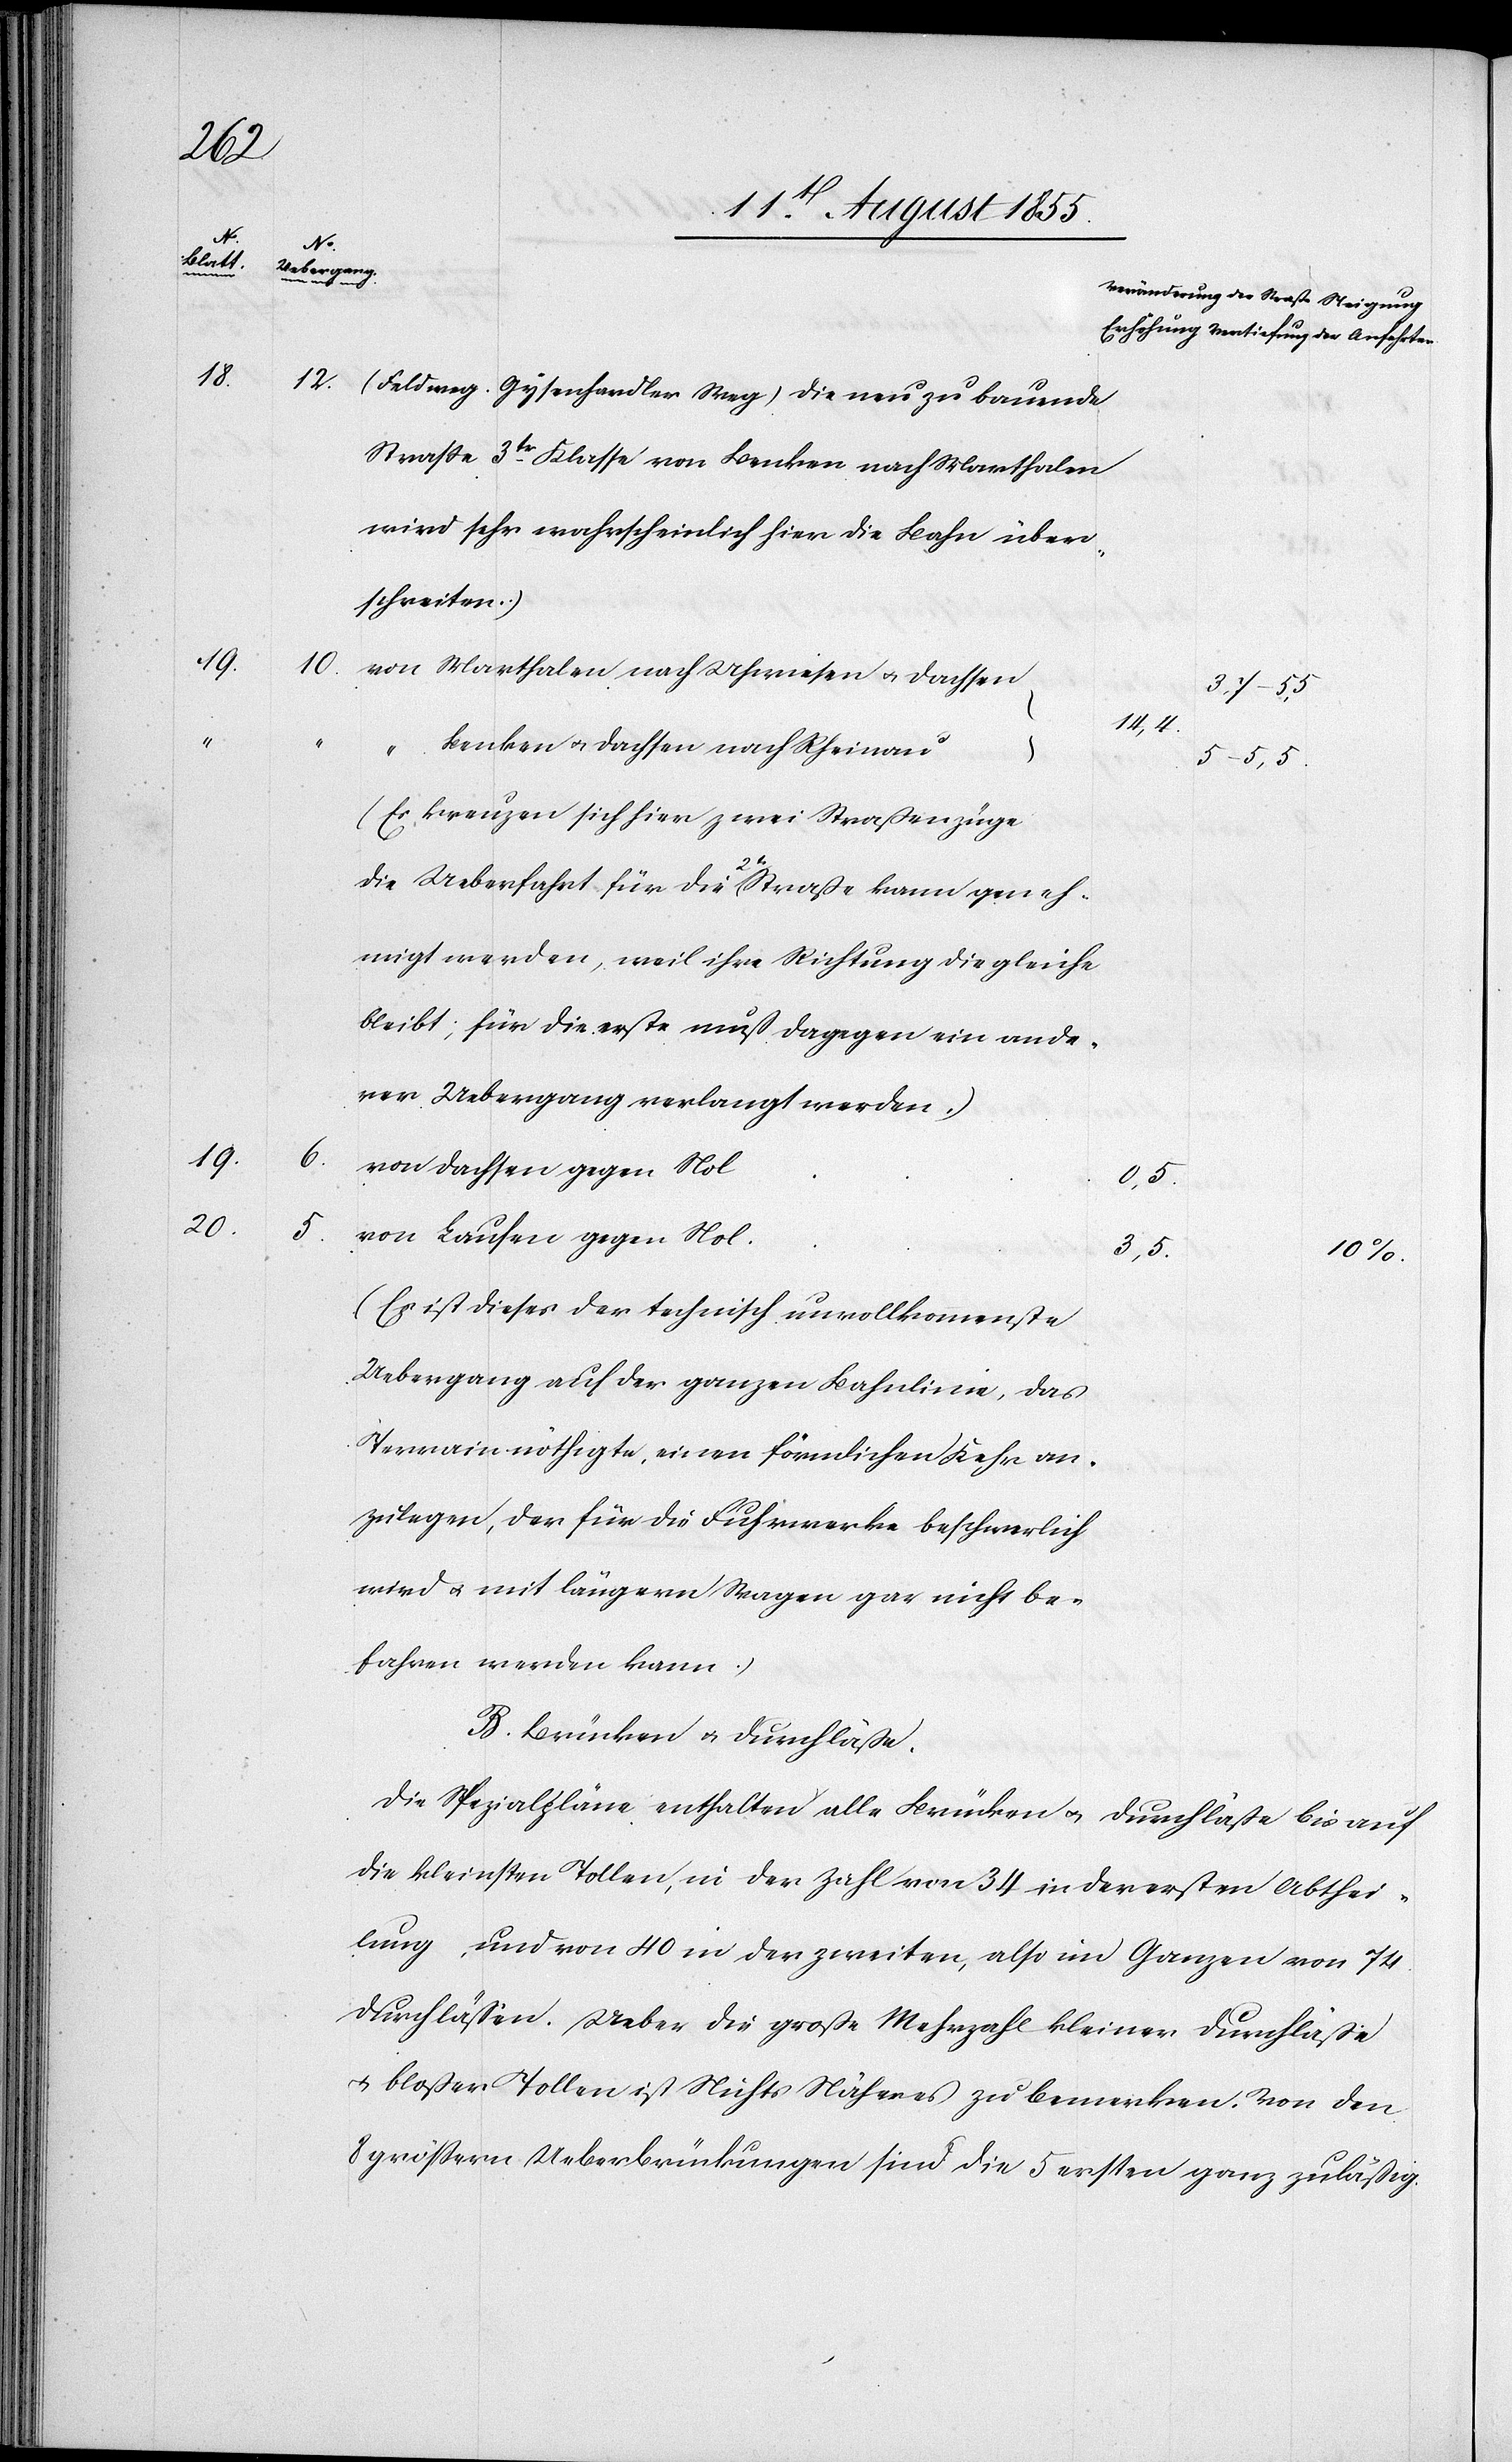
19.
20.

5.
18.
19.

6.

12.
(Feldweg. Gysenhardter Weg) [(]Die neu zu bauende
Strasse 3tr. Klasse von Benken nach Marthalen
wird sehr wahrscheinlich hier die Bahn über¬
schreiten.)
10.
von Marthalen nach Uhwiesen & Dachsen
14,4.
“ Benken & Dachsen nach Rheinau
5–5,5.
(Es kreuzen sich hier zwei Straßenzüge
die Ueberfahrt für die 2te Straße kann geneh¬
migt werden, weil ihre Richtung die gleiche
bleibt; für die erste muß dagegen ein ande¬
rer Uebergang verlangt werden.)
von Dachsen gegen Nol
0,5.
von Laufen gegen Nol
3,5.
10%.
(Es ist dieser der technisch unvollkommenste
Uebergang auf der ganzen Bahnlinie, das
Terrain nöthigte, einen förmlichen Kehr an¬
zulegen, der für die Fuhrwerke beschwerlich
wird & mit längern Wagen gar nicht be¬
fahren werden kann.)
B. Brücken & Durchläße.
Die Spezialpläne enthalten alle Brücken & Durchläße bis auf
die kleinsten Tollen, in der Zahl von 34 in der ersten Abthei¬
lung, und von 40 in der zweiten, also im Ganzen von 74
Durchläßen. Ueber die große Mehrzahl kleiner Durchläße
& bloßer Tollen ist Nichts Näheres zu bemerken. Von den
8 grössern Ueberbrückungen sind die 5 ersten ganz zuläßig.